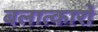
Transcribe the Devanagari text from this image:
बलात्कारों